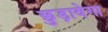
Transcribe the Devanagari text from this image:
छुड़ावेगा